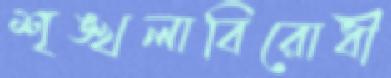
শৃঙ্খলাবিরোধী